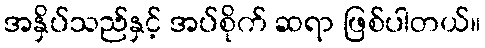
အနှိပ်သည်နှင့် အပ်စိုက် ဆရာ ဖြစ်ပါတယ်။